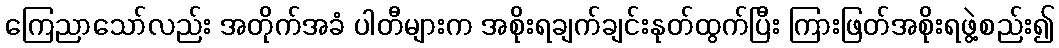
ကြေညာသော်လည်း အတိုက်အခံ ပါတီများက အစိုးရချက်ချင်းနုတ်ထွက်ပြီး ကြားဖြတ်အစိုးရဖွဲ့စည်း၍